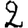
Digit: 2